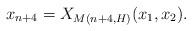
LaTeX: \begin{align*}x_{n+4} = X_{M(n+4, H)}(x_1, x_2).\end{align*}